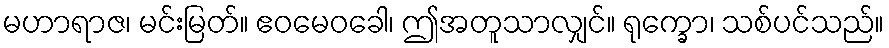
မဟာရာဇ၊ မင်းမြတ်။ ဧဝမေဝခေါ၊ ဤအတူသာလျှင်။ ရုက္ခော၊ သစ်ပင်သည်။